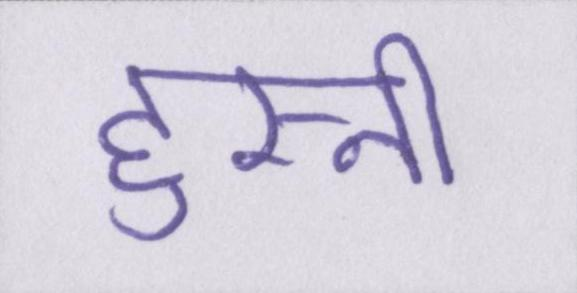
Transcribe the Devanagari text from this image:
हुस्नी